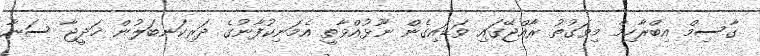
ގާސިމް އިބްރާހިމް މިވަގުތު ރާއްޖޭގައި ވަޑައިގެން ނޫޅުއްވާތީ އެމަނިކުފާނުގެ ދަރިކަނބަލުން ޚަދީޖާ ސަނާ